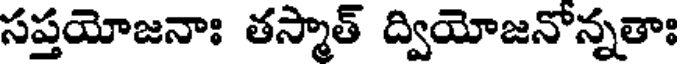
సప్తయోజనాః తస్మాత్ ద్వియోజనోన్నతాః